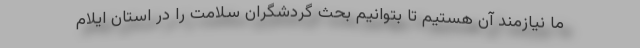
ما نیازمند آن هستیم تا بتوانیم بحث گردشگران سلامت را در استان ایلام